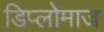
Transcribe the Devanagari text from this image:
डिप्लोमाज